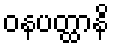
ဝနပတ္ထာနိ